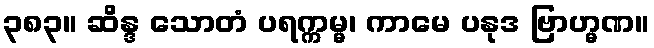
၃၈၃။ ဆိန္ဒ သောတံ ပရက္ကမ္မ၊ ကာမေ ပနုဒ ဗြာဟ္မဏ။